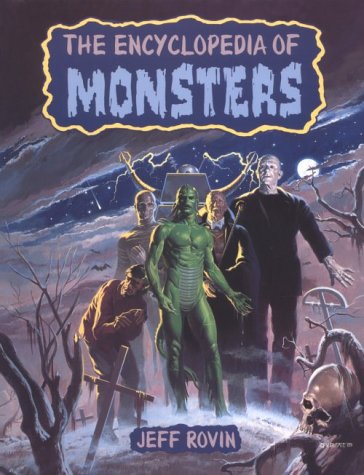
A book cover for Encyclopedia of Monsters; Jeff Rovin; Humor & Entertainment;